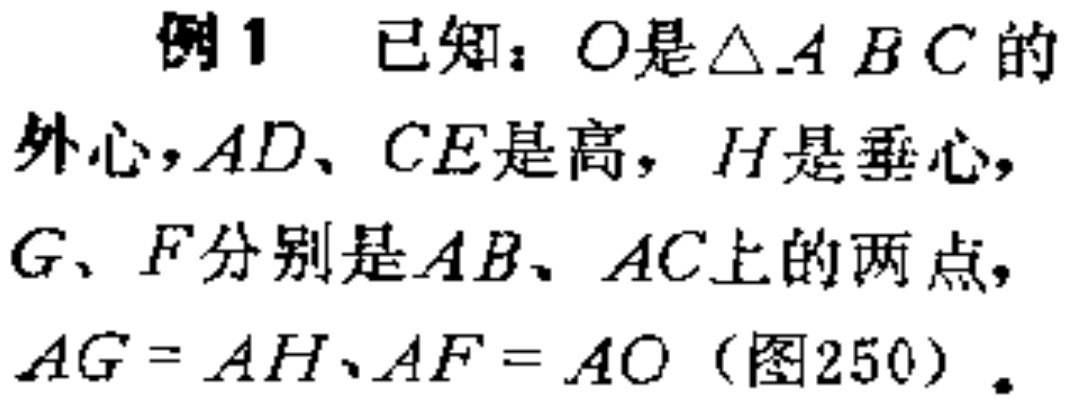
例1 已知：\(O\)是\(\triangle ABC\)的外心，\(AD、CE\)是高，\(H\)是垂心，\(G、F\)分别是\(AB、AC\)上的两点，\(AG = AH、AF = AO\)（图250）.